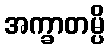
အက္ခာတမ္ပိ